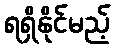
ရရှိနိုင်မည့်